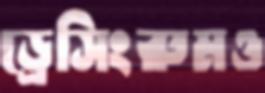
ড্রেসিংরুমও